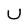
Character: U